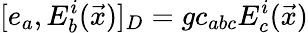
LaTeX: [e_{a},E_{b}^{i}(\vec{x})]_{D}=gc_{abc}E_{c}^{i}(\vec{x})